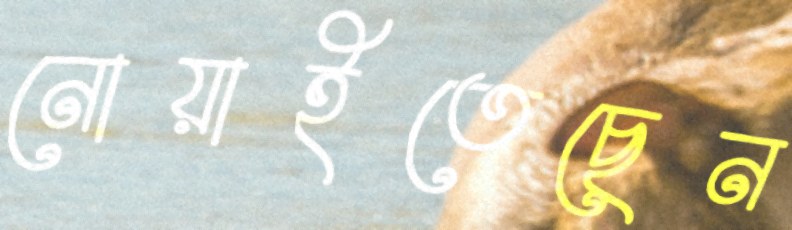
নোয়াইতেছেন